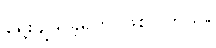
ရွေးချယ်ခဲ့ရတာဖြစ်ပါတယ်။